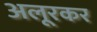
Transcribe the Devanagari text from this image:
अलूरकर